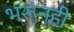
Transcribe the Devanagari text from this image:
भरूनही